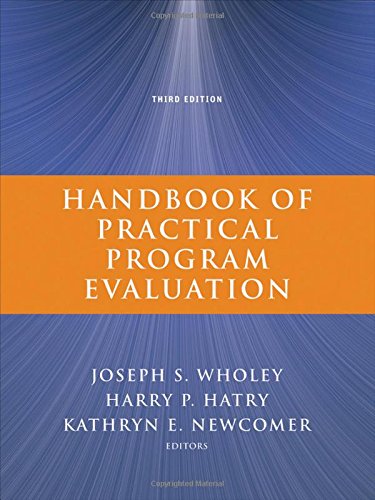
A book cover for Handbook of Practical Program Evaluation; Joseph S. Wholey; Politics & Social Sciences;